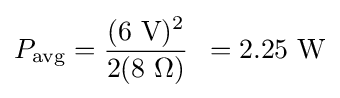
P_{\mathrm {avg} }={(6~\mathrm {V} )^{2} \over 2(8~\Omega )}\,\ =2.25~\mathrm {W}